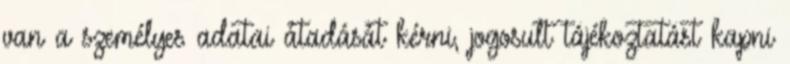
van a személyes adatai átadását kérni, jogosult tájékoztatást kapni